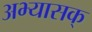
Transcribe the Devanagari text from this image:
अभ्यासक्